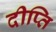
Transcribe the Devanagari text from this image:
दीप्‍ति